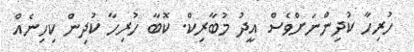
ހުރިހާ ކުދިންނަށްވެސް އީދު މުބާރިކް. ކޮބާ ހުރިހާ ކުދިން ކިހިނެއް